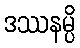
ဒဿနမ္ပိ